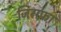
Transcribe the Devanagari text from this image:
जिराफा